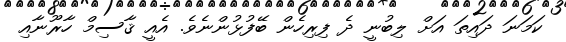
ކަމަނަ ދައިތަ އަށް ލިބުނީ ދެ ފިރިހެން ބޭފުޅުންނެވެ. އެއީ ޤާސިމް ހާރޫނާއި